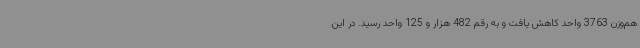
هم‌وزن 3763 واحد کاهش یافت و به رقم 482 هزار و 125 واحد رسید. در این